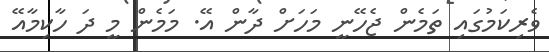
ވެރިކަމުގައި ތަމެން ޖެހޭނީ މަހަށް ދާން އޭ. މަމެން މީ ދަ ހާކިމާއޭ